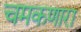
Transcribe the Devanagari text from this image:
चमकणारा